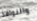
والنوافذ